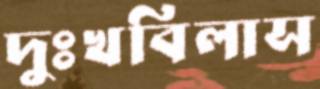
দুঃখবিলাস